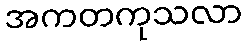
အကတကုသလာ